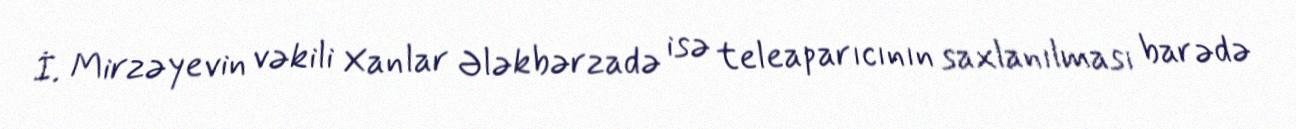
İ. Mirzəyevin vəkili Xanlar Ələkbərzadə isə teleaparıcının saxlanılması barədə